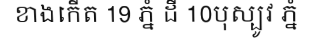
ខាងកើត 19 ភ្នំ ដី 10បុស្បូវ ភ្នំ